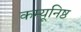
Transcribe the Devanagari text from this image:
कम्यूनिष्ठ